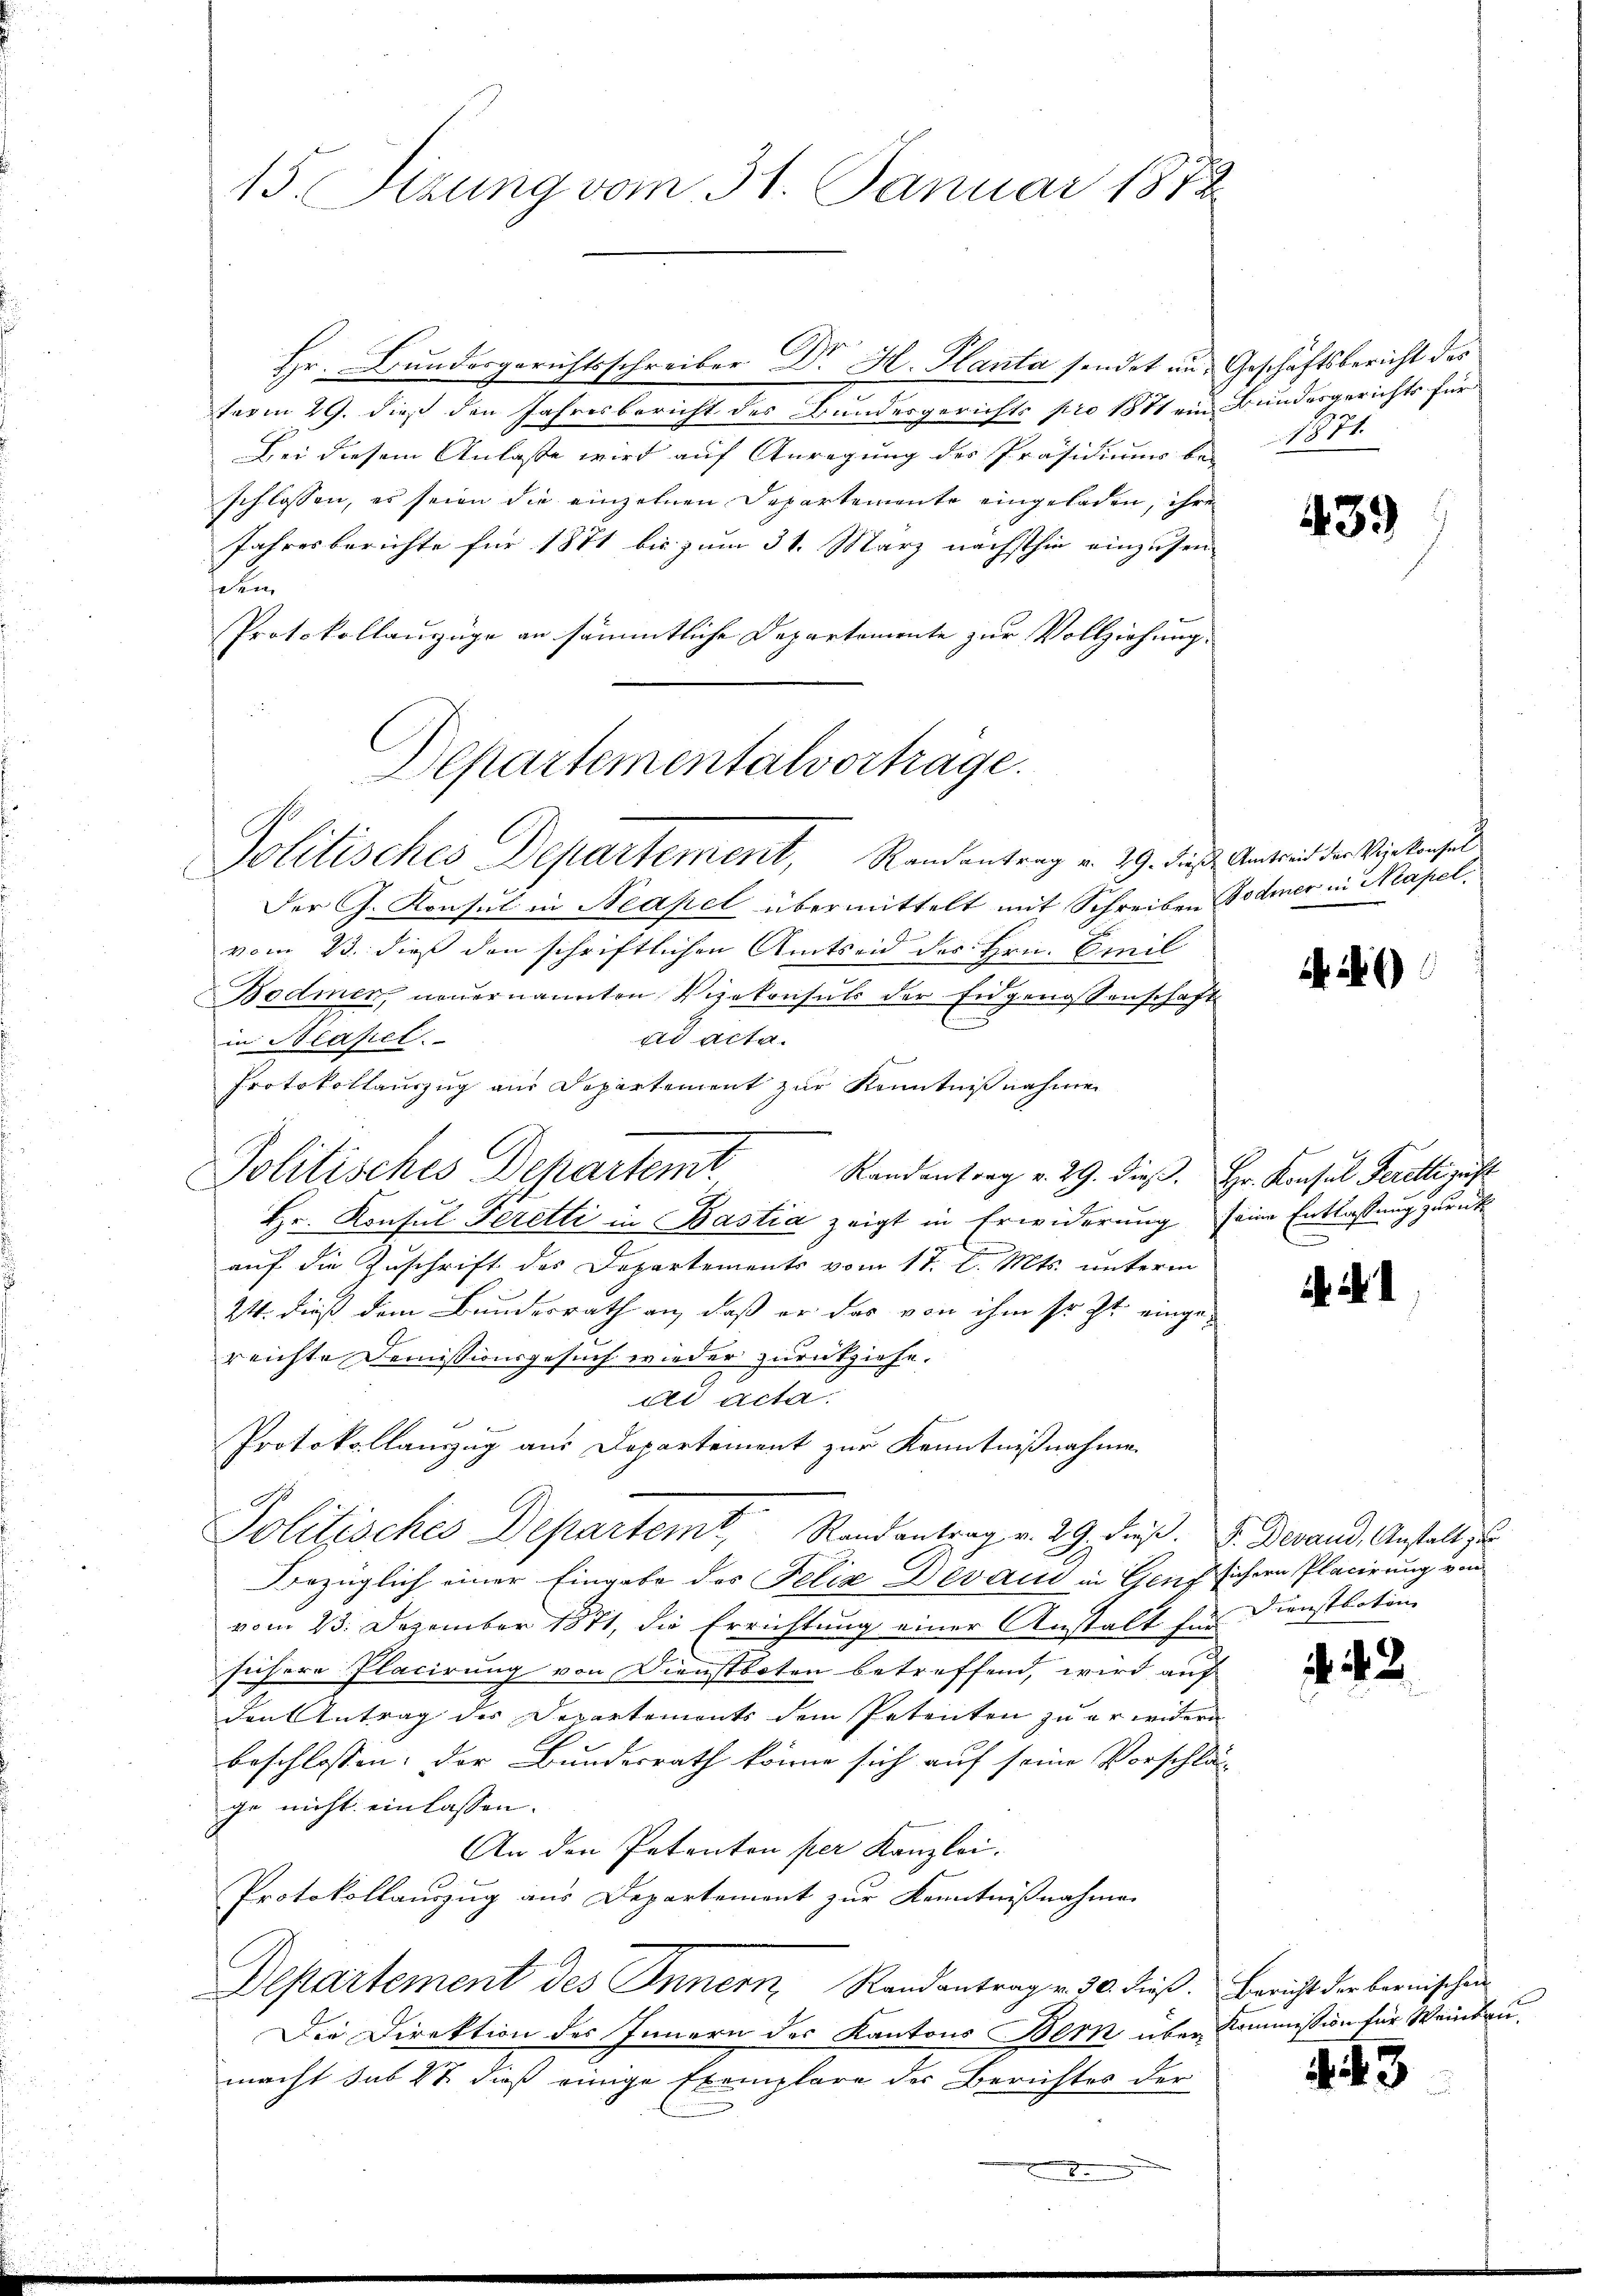
.

15. Sizung vom 31. Januar 1872

tagen 29. dieß den Jahresbericht des Bundesgerichts pro 1881 ein Bundesgerichts für
Bei diesem Anlasse wird auf Anregung des Präsidiums be-
schlossen, es seien die einzelnen Departemente eingeladen, ihre
Jahresberichte für 1871 bis zum 31. März nächsthin einzusen-
.
Protokollauszüge an sämmtliche Departemente zur Vollziehung.
Departementalvortrage.

Politisches Departement, Randantrag v. 29. dies Antrach der Verkensel

Hr. Bundergerichtsschreiber Dr. H. Planta sendet aus Geschäftsbericht des

Der G. Konsul in Neapel übermittelt mit Schreiben Todmer in Neapel
n
vom 23. dieß den schriftlichen Amtseid des Hrn. Emil
Bodmer, neuernannten Vizekonsuls der Eidgenossenschaft
ad acta.
in Blasiel.
Protokollauszug aus Departement zur Kenntnißnahmen
Politisches Departent
Randantrag v. 29. dieß. Hr. Konsul Feretti gest
Hr. Konsul Feretti in Bastia zeigt in Erwiderung seine Entlassung zurück
auf die Zuschrift des Departements vom 17. d. Mts. unterm
24. dieß dem Bundesrath an, daß er das von ihm sr. Zt. eingereichte Demissionsgesuch wieder zurückziehe.
ad acta.
f
Protokollauszug aus Departement zur Kenntnißnahme
Politisches Departemt, Randantrag v. 29. dieß. E. Gerand, Anstalt, u
Bezüglich einer Eingabe des Felix Devani in Genf sichern Placirung von
vom 23. Dezember 1871, die Errichtung einer Anstalt für Dienstboten
süchere Placirung von Dienstboten betreffend, wird auf
den Antrag der Departements dem Petenten zu erwidern
beschlossen: der Bundesrath könne sich auf seine Vorschläg
ge nicht einlassen.
An den Petenton per Kanzlei.
Protokollauszug aus Departement zur Kenntnißnahmen
Departement des Innern Randantragen 30. dieß. Bericht der bernischen
Die Direktion des Innern des Kantons Bern über Kommission für Weinbaumacht sub 22 dieß einige Exemplare der Berichtes der

174

439

6)

e

. 1. 2.

43